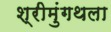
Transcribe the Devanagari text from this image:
श्रीमुंगथला